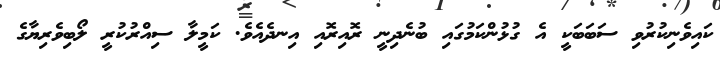
ކައިވެނިކުރުވި ސަބަބަކީ އެ ގުޅުންކަމުގައި ބުނެދިނީ ރޮއިރޮއި އިނދެއެވެ. ކަމީލާ ސިއްރުކުރީ ލޯބިވެރިޔާގެ